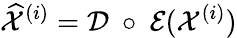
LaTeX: \widehat{\mathcal X}^{(i)}=\mathcal D~\circ~\mathcal E(\mathcal X^{(i)})